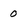
Character: 0